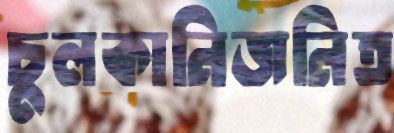
চুলকানিজনিত